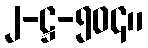
၂-ဋ္ဌ-၅၀၄။